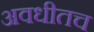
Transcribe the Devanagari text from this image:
अवधीतच